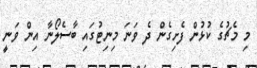
މި މެޗުގެ ކުޅުން ފެށިގެން ދެ ވަނަ މިނިޓުގައި ބާސެލޯނާ އިން ވަނީ